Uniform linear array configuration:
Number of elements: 48
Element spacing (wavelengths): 0.5
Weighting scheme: kaiser
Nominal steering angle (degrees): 45
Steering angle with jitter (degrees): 46.538
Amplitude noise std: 0.05
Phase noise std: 0.05

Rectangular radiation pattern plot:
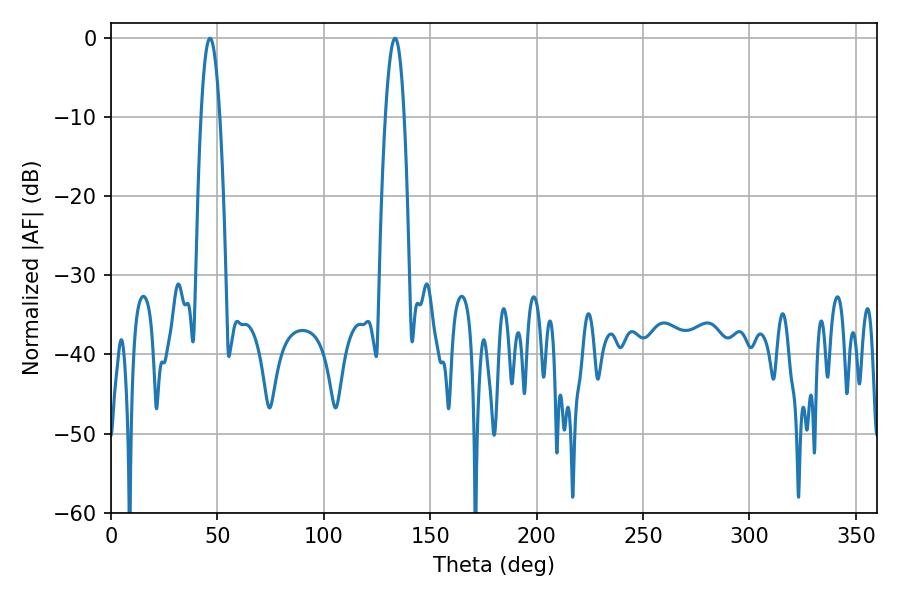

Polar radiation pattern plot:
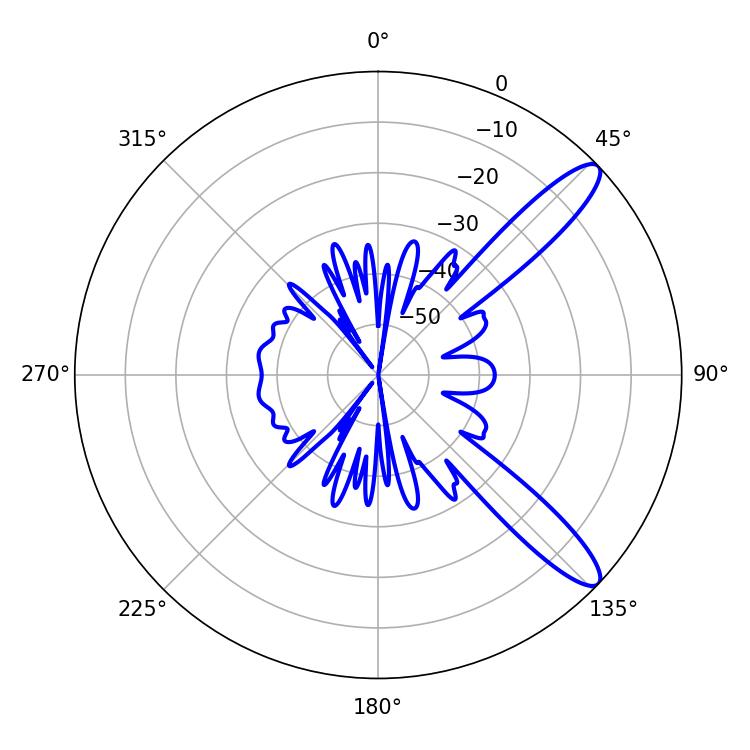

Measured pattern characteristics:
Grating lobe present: FALSE
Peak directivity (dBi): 11.755
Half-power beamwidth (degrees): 4.86
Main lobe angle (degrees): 46.44